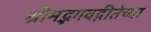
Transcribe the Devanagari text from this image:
श्रीमद्भगवद्गीतेच्या